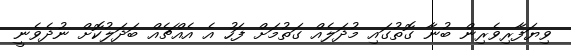
ވިޔަފާރިވެރިން ބުނާ ގޮތުގައި މުދަލެއް ގަތުމަށް ފަހު އެ އެއްޗެއް ބަދަލުކޮށް ނުދެވެނީ